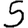
Digit: 5